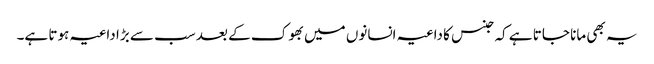
یہ بھی مانا جاتا ہے کہ جنس کا داعیہ انسانوں میں بھوک کے بعد سب سے بڑا داعیہ ہوتا ہے۔